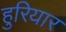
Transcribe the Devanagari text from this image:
हुरियार